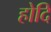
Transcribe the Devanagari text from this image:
होदि